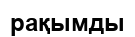
рақымды